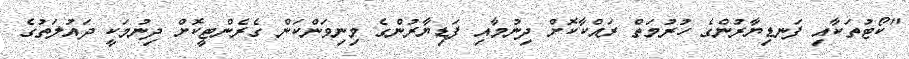
"ކޯޓުތަކާއި ފަނޑިޔާރުންގެ ހުރުމަތް ރައްކާކޮށް ދިނުމާއި ފަޑިޔާރުންގެ މިނިވަންކަން ގެރެންޓީކޮށް ދިނުމަކީ ދައުލަތުގެ